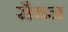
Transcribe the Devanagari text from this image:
सैयन